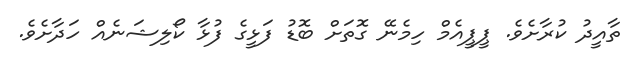
ތާއީދު ކުރާށެވެ. ޕީޕީއެމް ހިމެނޭ ގޮތަށް ބޮޑު ފަޅީގެ ފުޅާ ކޯލިޝަނެއް ހަދާށެވެ.